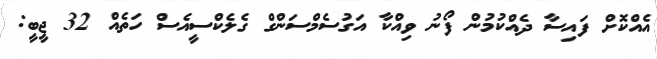
އެއްކޮށް ފައިސާ ދެއްކުމުން ފޯނު ވިއްކާ އަގުސެމްސަންގް ގެލެކްސީއެސް ހަތެއް 32 ޖީބީ: